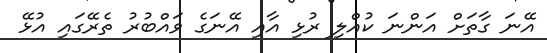
އޭނަ ގާތަށް އަންނަ ކުއްލި ރުޅި އާއި އޭނަގެ ވައްބުރު ތެރޭގައި އުޅޭ